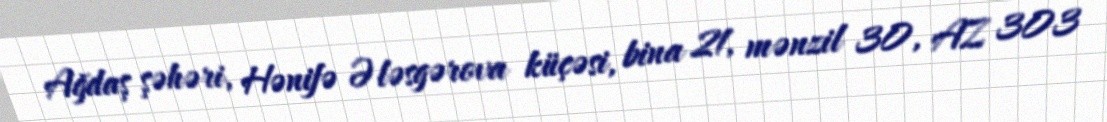
Ağdaş şəhəri, Hənifə Ələsgərova küçəsi, bina 21, mənzil 30, AZ 303